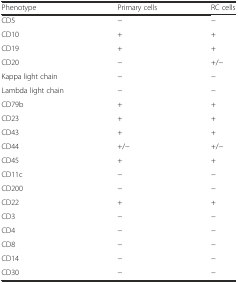
<table><thead><tr><td><b>Phenotype</b></td><td><b>Primary cells</b></td><td><b>RC cells</b></td></tr></thead><tbody><tr><td>CD5</td><td>−</td><td>−</td></tr><tr><td>CD10</td><td>+</td><td>+</td></tr><tr><td>CD19</td><td>+</td><td>+</td></tr><tr><td>CD20</td><td>−</td><td>+/−</td></tr><tr><td>Kappa light chain</td><td>−</td><td>−</td></tr><tr><td>Lambda light chain</td><td>−</td><td>−</td></tr><tr><td>CD79b</td><td>+</td><td>+</td></tr><tr><td>CD23</td><td>+</td><td>+</td></tr><tr><td>CD43</td><td>+</td><td>+</td></tr><tr><td>CD44</td><td>+/−</td><td>+/−</td></tr><tr><td>CD45</td><td>+</td><td>+</td></tr><tr><td>CD11c</td><td>−</td><td>−</td></tr><tr><td>CD200</td><td>−</td><td>−</td></tr><tr><td>CD22</td><td>+</td><td>+</td></tr><tr><td>CD3</td><td>−</td><td>−</td></tr><tr><td>CD4</td><td>−</td><td>−</td></tr><tr><td>CD8</td><td>−</td><td>−</td></tr><tr><td>CD14</td><td>−</td><td>−</td></tr><tr><td>CD30</td><td>−</td><td>−</td></tr></tbody></table>